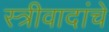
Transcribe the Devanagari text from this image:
स्त्रीवादांचे